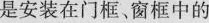
是安装在门框、窗框中的